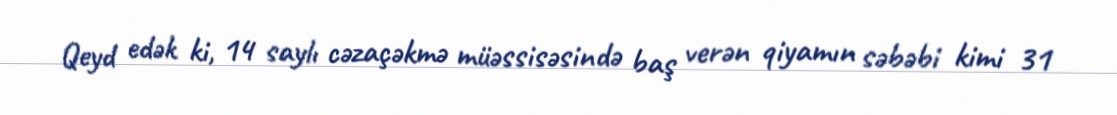
Qeyd edək ki, 14 saylı cəzaçəkmə müəssisəsində baş verən qiyamın səbəbi kimi 31